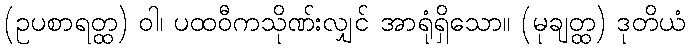
(ဥပစာရတ္ထ) ဝါ၊ ပထဝီကသိုဏ်းလျှင် အာရုံရှိသော။ (မုချတ္ထ) ဒုတိယံ